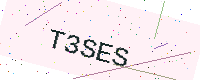
Text: T3SES